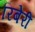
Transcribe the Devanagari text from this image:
रिबेरी